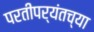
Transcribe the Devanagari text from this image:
परतीपर्यंतच्या